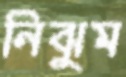
নিঝুম